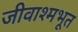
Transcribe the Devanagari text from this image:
जीवाश्मभूत